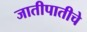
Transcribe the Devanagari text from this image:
जातीपातीचे